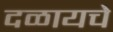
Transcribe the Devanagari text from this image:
दळायचे